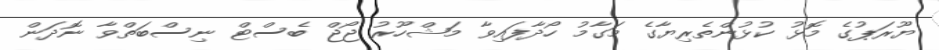
ޔޫރަޕުގެ މޮޅު ކުޅުންތެރިޔާގެ މަގާމު ހޯދާފައިވާ މަޝްހޫރު ޖޯޖް ބެސްޓް ނިސްބަތްވާ ނޮދަން